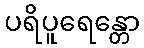
ပရိပူရေန္တော